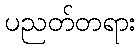
ပညတ်တရား